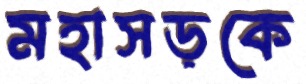
মহাসড়কে